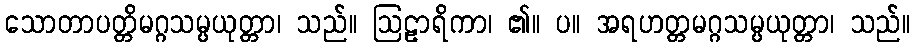
သောတာပတ္တိမဂ္ဂသမ္ပယုတ္တာ၊ သည်။ ဩဠာရိကာ၊ ၏။ ပ။ အရဟတ္တမဂ္ဂသမ္ပယုတ္တာ၊ သည်။